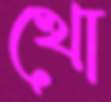
খো